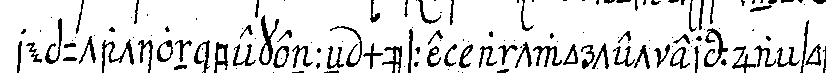
reputation bekenneN müsse antwortet er : ja so